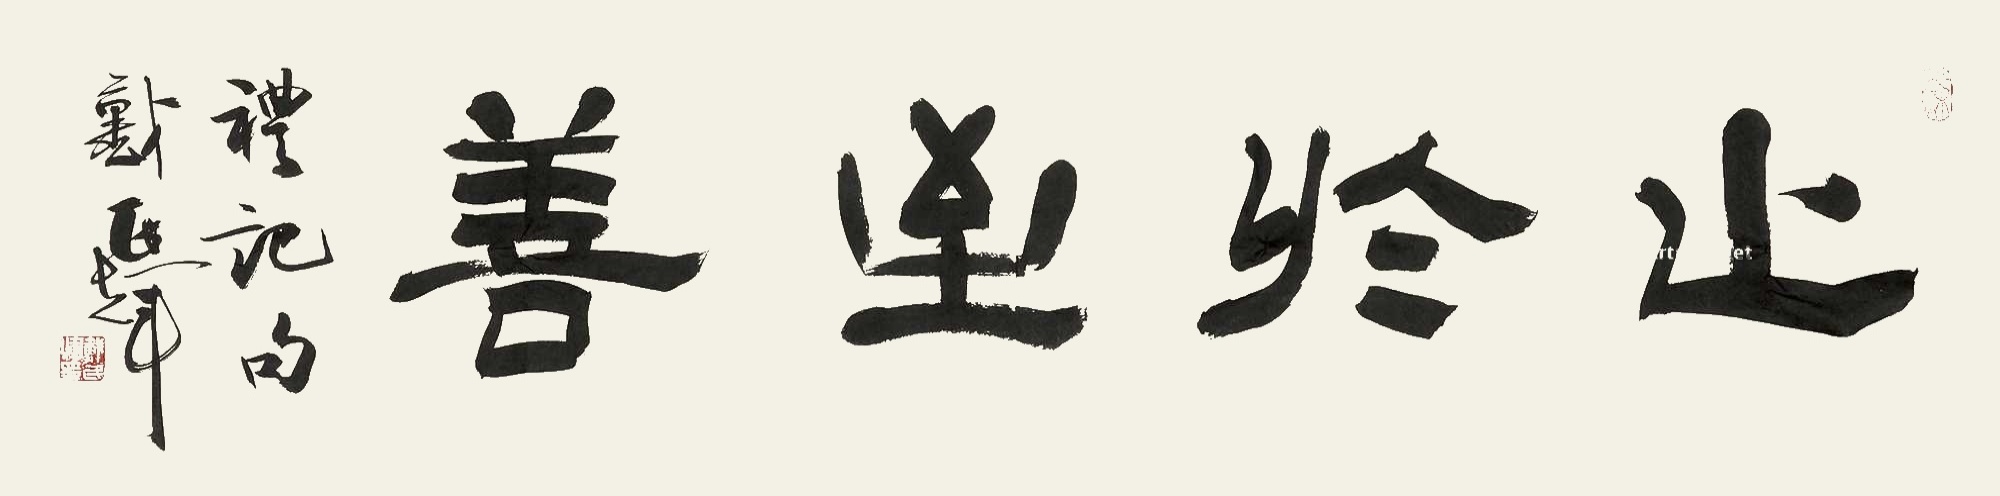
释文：止于至善。礼记句。戴民辉。